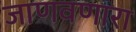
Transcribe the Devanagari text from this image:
जाणवणारा